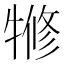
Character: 㹋